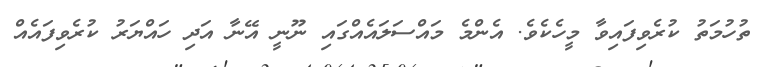
ތުހުމަތު ކުރެވިފައިވާ މީހެކެވެ. އެންމެ މައްސަލައެއްގައި ނޫނީ އޭނާ އަދި ހައްޔަރު ކުރެވިފައެއް